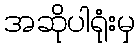
အဆိုပါရုံးမှ